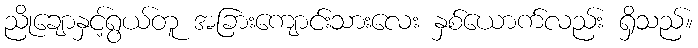
ညိုချောနှင့်ရွယ်တူ အခြားကျောင်းသားလေး နှစ်ယောက်လည်း ရှိသည်။